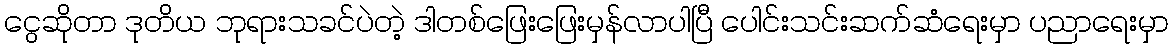
ငွေဆိုတာ ဒုတိယ ဘုရားသခင်ပဲတဲ့ ဒါတစ်ဖြေးဖြေးမှန်လာပါပြီ ပေါင်းသင်းဆက်ဆံရေးမှာ ပညာရေးမှာ